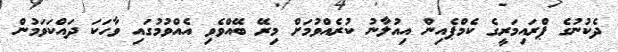
ދެކުނުގެ ޕްރައިމަރީގެ ކެމްޕެއިން އިއުލާނު ކުރެއްވުމަށް މިރޭ ބޭއްވެވި އެއްވުމުގައި ވާހަކަ ދައްކަވަމުން